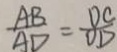
\frac { A B } { A D } = \frac { D C } { O D }